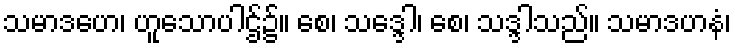
သမာဒဟေ၊ ဟူသောပါဌ်၌။ စေ၊ သဒ္ဒေါ၊ စေ၊ သဒ္ဒါသည်။ သမာဒဟနံ၊